[Report on the health of British troops in the Madras command]
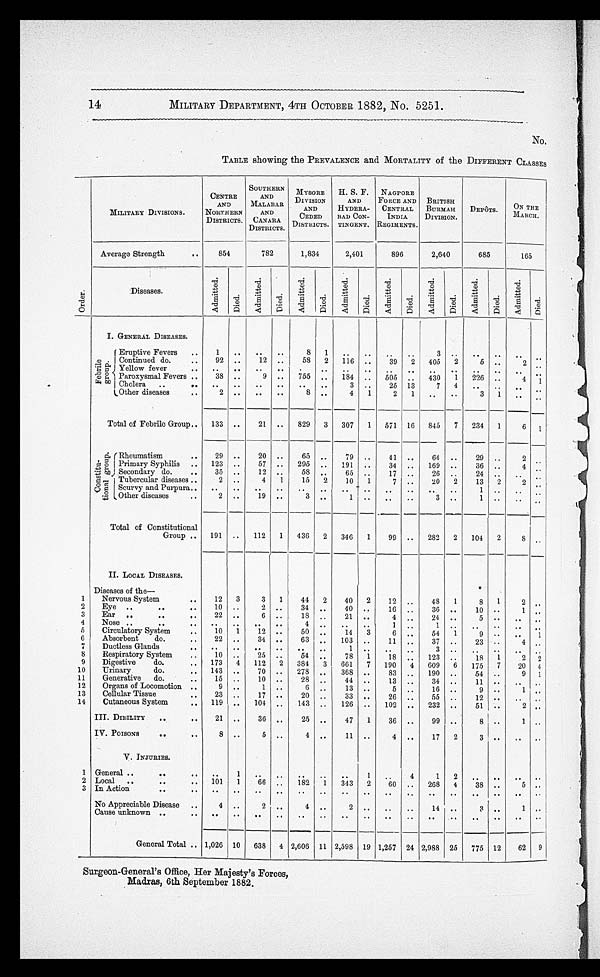
14
MILITARY DEPARTMENT, 4TH OCTOBER 1882, No. 5251.
No.
TABLE showing the PREVALENCE and MORTALITY of the DIFFERENT CLASSES
O r d e r .
MILITARY DIVISIONS.
CENTRE
AND
NORTHERN
DISTRICTS.
SOUTHERN
AND
MALABAR
AND
CANARA
DISTRICTS.
MYSORE
DIVISION
AND
CEDED
DISTRICTS. RICTS.
H. S. F.
AND
HYDERA-
BAD CON-
TINGENT.
NAGP ORE
FORCE AND
CENTRAL
INDIA
REGIMENTS.
BRITISH
BURMAH
DIVISION.
DEPOTS.
ON THE
MARCH.
Average Strength
..
854
782
1,834
2,401
896
2,640
685
165
Diseases.
A d m i t t e d .
D i e d .
A d m i t t e d .
D i e d .
A d m i t t e d .
D i e d .
A d m i t t e d .
D i e d .
A d m i t t e d .
D i e d .
A d m i t t e d .
D i e d .
A d m i t t e d .
D i e d .
A d m i t t e d .
Died.
I. GENERAL DISEASES.
F e r b r i l e g r o u p . Eruptive Fevers
..
. .
. .
..
8
1
. .
. .
..
. .
3
. .
..
..
. .
..
Continued do.
. .
92
. .
12 ..
58
2
116 ....
39
2
405
2
6
...
2
..
Yellow fever
. .
. .
. .
..
. .
. .
..
..
..
. .
..
. .
. .
. . . .
. . ..
Paroxysmal Fevers ..
38 ..
9 ..
755 ..
184 ..
505 ..
430
1
226 ..
1
Cholera
..
. .
. .
. .
. .
..
. .
3 ..
25 13
7
4
..
..
..
Other diseases
..
2
. .
..
8 ..
4
1
2
1
..
..
3
1
Total of Febrile Group.. . . 133 ..
21 ..
829
3
307
1
571 16
845
7
234
1
6
1
.
C o n s t i t u t i o n a l g r o u p .
Rheumatism
..
29 ..
20 ..
65 ..
79 ..
41 ..
64 ..
29 ..
2
. .
Primary Syphilis ..
123 ..
57 ..
295 ..
191
..
34 ..
169 ..
36 ..
4
. .
Secondary do.
..
35
..
1
..
58 ..
65 ..
17 ..
26
..
24 ..
..
Tubercular diseases ..
2 ..
4
1
15
2
10
1
7 ..
20
2
13
2
2
. .
Scurvy and Purpura. . .
. . . . ...
. .
..
..
..
.. ....
..
..
..
..
1
..
. . . ..
Other diseases
..
2 ..
19 ..
3 . .
1
..
. .
..
3 ..
1 ..
. .
Total of Constitutional
Group ..
191 ..
112
1
436
2
346
1
99 ..
282
2
104
2
8
. .
II. LOCAL DISEASES.
1
Diseases of the-
Nervous System
..
12
3
3
1
44
2
40
2
12 ..
48
1
8
1
2
..
2
Eye ..
..
. .
10
..
2
..
34
. .
40 ..
16 . ,
36 ..
10
..
1
..
3
Ear ..
.. . .
..
22 ..
6 ..
18
. .
21 ..
4 . ,
24 ..
4
Nose ..
.. . .
. .
. . ..
. .
. . .
1
, ,
. .
5
Circulatory System
„
10
1
12 ..
50
14
3
6
..
54
1
9 ..
..
1
6
Absorbent
do.
. . .
22 ...
34
. . .
63
. .
103
..
11
..
37 ..
23 ...
4
. .
7
Ductless Glands
...
. . . ...
. .
. .
. .
..
..
. .
..
. .
. .
8
Respiratory System
. .
10
. .
25
. .
54
. .
78
1
18
. .
123 ..
18
1
2
2
9
Digestive
do.
. . 173
4
112
2
384
3
661
7
190
4
609
6
175
7
20
4
10
Urinary
do.
143
.
70 ..
278
.
368 ..
83
. .
190 ..
54 ..
9
1
11
Generative
do
...
15 ..
10
..
28
. .
44
. .
13 ..
34 ..
11
..
. .
. .
12
Organs of Locomotion
. .
9 ..
1
. .
6 ...
13
..
5 ..
16 ..
9 ..
1
..
13
Cellular Tissue
...
23 ..
17 ..
20
. .
33 ..
26 ..
55 ..
12
..
..
..
14
Cutaneous System
. .
119
. .
101
. .
143
. .
126 ..
102
. .
232 ..
51 ..
2
..
III. DIBILITY
..
..
21 ..
36
. .
25
..
47
1
36 ..
99 1 ..
8
..
1
IV. POISONS
..
..
8
..
5 ..
. .
11
„
4 ..
17
2
V. INJURIES.
1 General ..
. .
..
..
..
. .
. .
..
..
1
4
1
2
2 Local
..
. .
. . .
101
1
66 .,
182
1
343
2
60 ..
268
4
38 ..
5 ..
3 In Action
..
. .
..
..
. .
..
..
..
. .
. .
..
. .
. .
. .
. .
..
..
..
No Appreciable Disease
. .
4
..
2 ..
4
..
2 ..
..
..
14
..
3 ..
1
..
Cause unknown ..
..
..
. . .
General Total .. 1,026 10
638
4 2,606 11 2,598 19 1,257 24 2,988 25
775 12
62
9
Surgeon-General's Office, Her Majesty's Forces,
Madras, 6th Septemb er 1882.